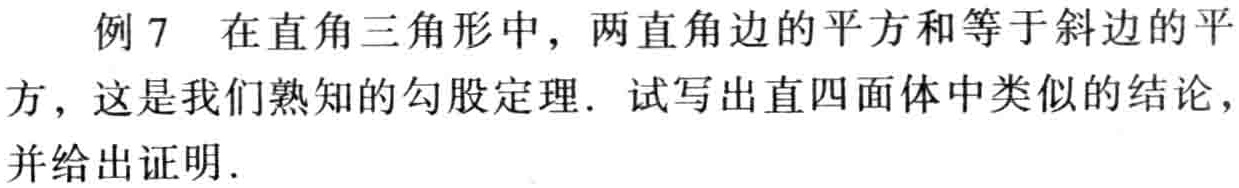
例7 在直角三角形中，两直角边的平方和等于斜边的平方，这是我们熟知的勾股定理. 试写出直四面体中类似的结论，并给出证明.